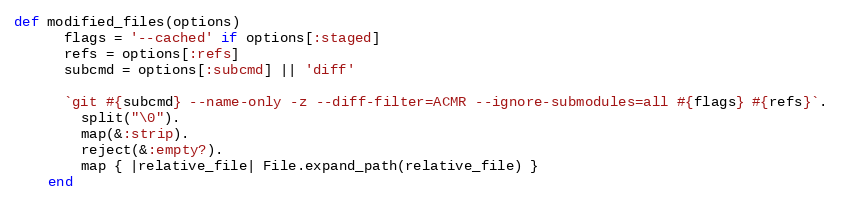
Language: Ruby
def modified_files(options)
      flags = '--cached' if options[:staged]
      refs = options[:refs]
      subcmd = options[:subcmd] || 'diff'

      `git #{subcmd} --name-only -z --diff-filter=ACMR --ignore-submodules=all #{flags} #{refs}`.
        split("\0").
        map(&:strip).
        reject(&:empty?).
        map { |relative_file| File.expand_path(relative_file) }
    end